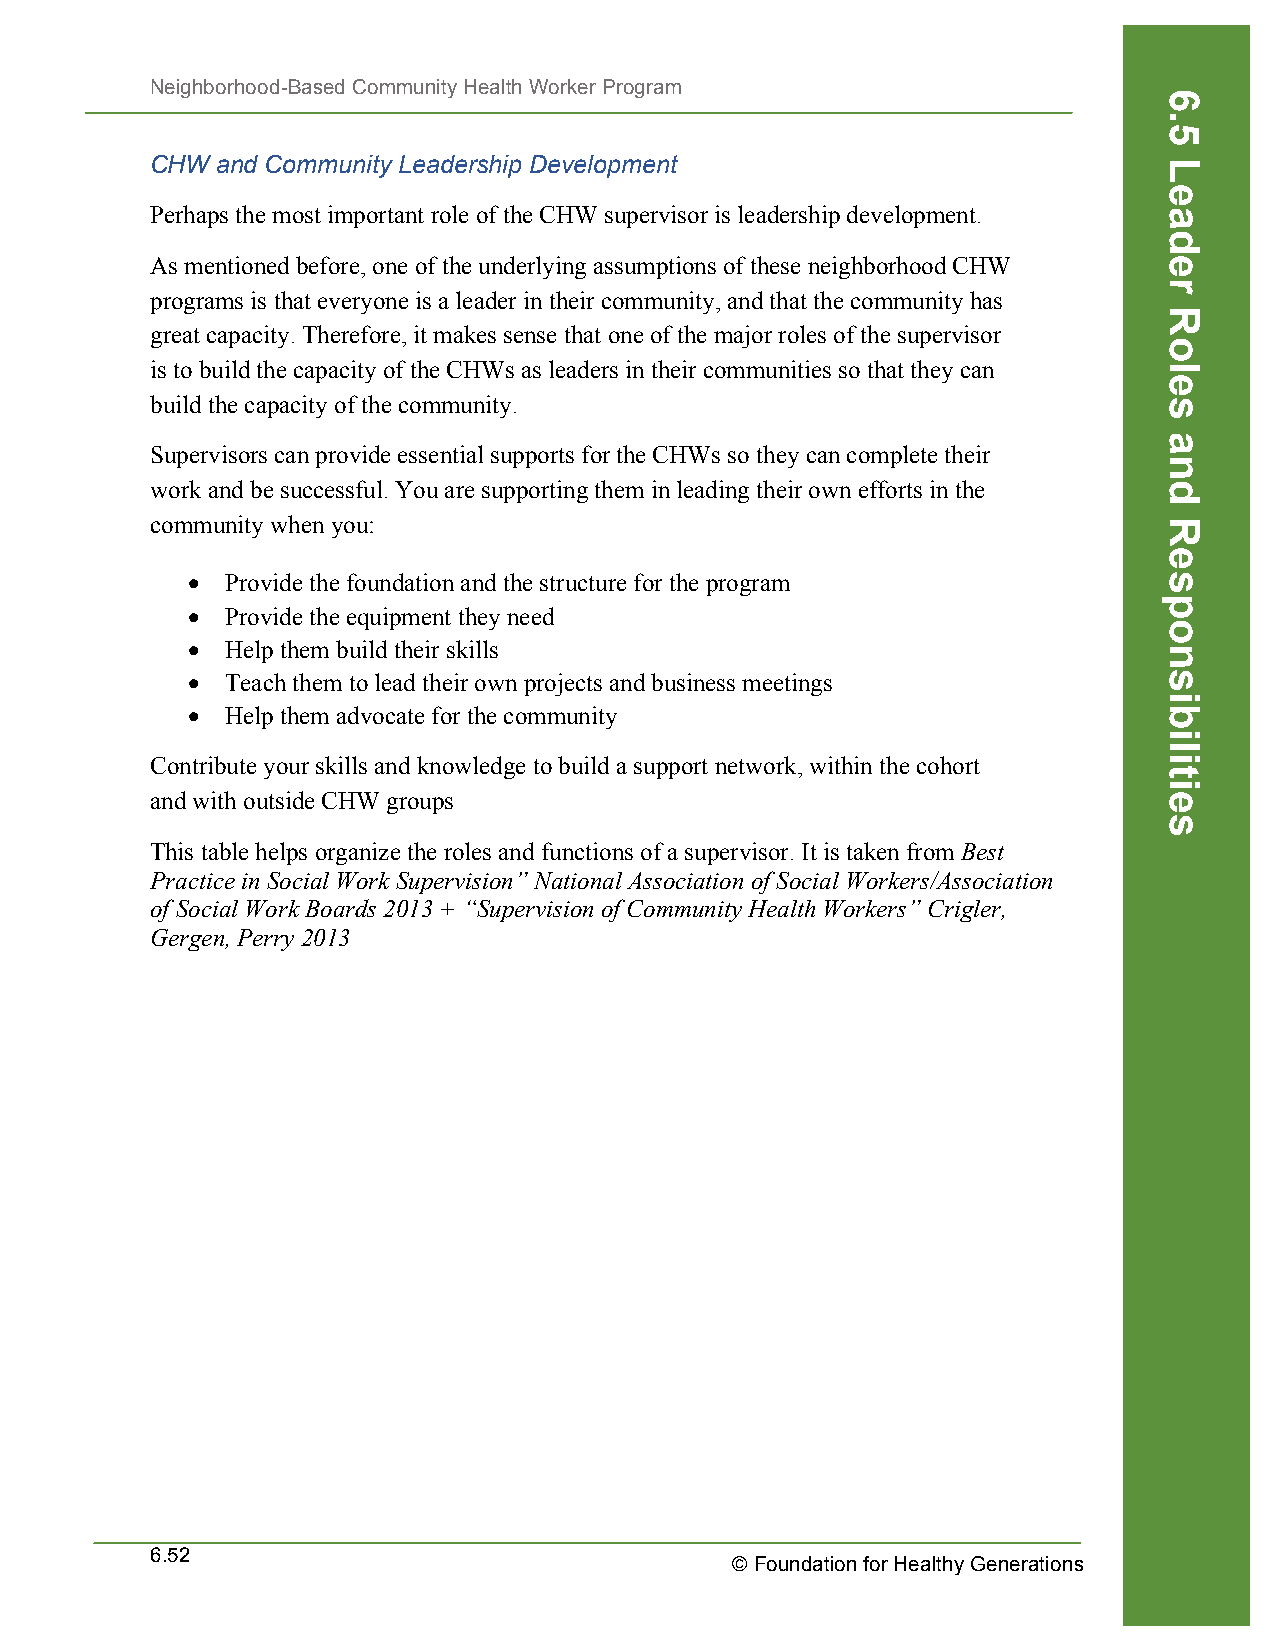
Neighborhood-Based Community Health Worker Program
 CHW and Community Leadership Development
 Perhaps the most important role of the CHW supervisor is leadership development.
 As mentioned before, one of the underlying assumptions of these neighborhood CHW
 programs is that everyone is a leader in their community, and that the community has
 great capacity. Therefore, it makes sense that one of the major roles of the supervisor
 is to build the capacity of the CHWs as leaders in their communities so that they can
 build the capacity of the community.
 Supervisors can provide essential supports for the CHWs so they can complete their
 work and be successful. You are supporting them in leading their own efforts in the
 community when you:
 •  Provide the foundation and the structure for the program
 •  Provide the equipment they need
 •  Help them build their skills
 •  Teach them to lead their own projects and business meetings
 •  Help them advocate for the community
 Contribute your skills and knowledge to build a support network, within the cohort
 and with outside CHW groups
 This table helps organize the roles and functions of a supervisor. It is taken from Best
 Practice in Social Work Supervision” National Association of Social Workers/Association
 of Social Work Boards 2013 + “Supervision of Community Health Workers” Crigler,
 Gergen, Perry 2013
 6.52
 © Foundation for Healthy Generations
 6.5
 Leader
 Roles
 and
 Responsibilities